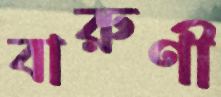
বারুণী